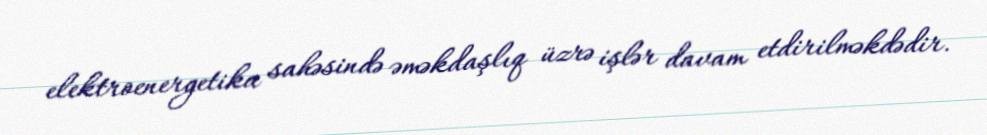
elektroenergetika sahəsində əməkdaşlıq üzrə işlər davam etdirilməkdədir.